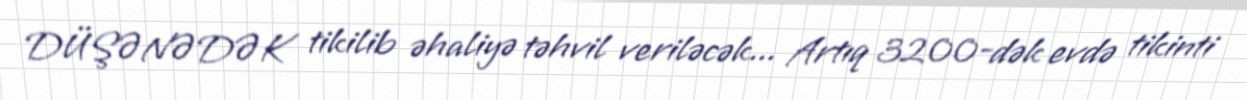
DÜŞƏNƏDƏK tikilib əhaliyə təhvil veriləcək... Artıq 3200-dək evdə tikinti